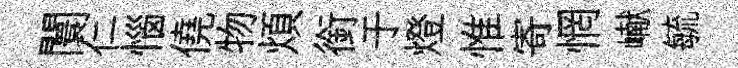
闤仁惱僥物煩銜于燈惟寄惘𪩘毓